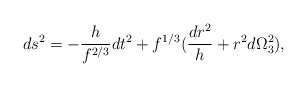
\begin{align*}ds^2 = -{h\over f^{2/3}} dt^2 + f^{1/3} ({dr^2\over h} +r^2 d\Omega_3^2),\end{align*}